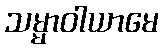
သမ္မာဝါယာမေ